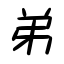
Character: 弟